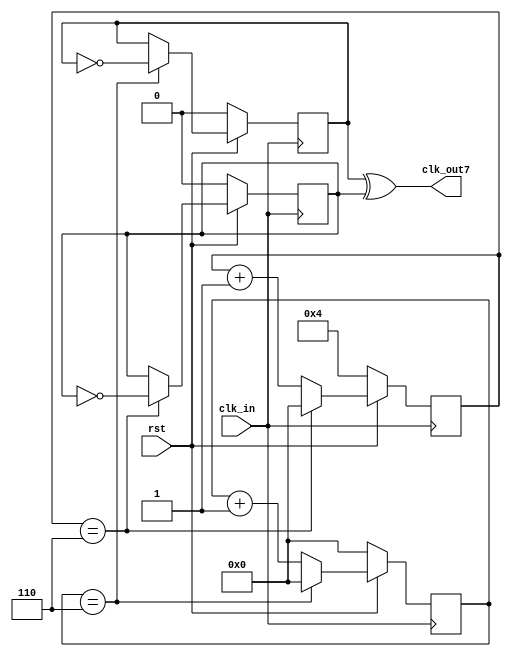
`timescale 1ns/10ps

module odo_div_or
   (
    input    wire  rst ,
    input    wire  clk_in,
    output   wire  clk_out7
    );
    reg [3:0] cnt_p_reg = 4'h0, cnt_p_next;
    reg [3:0] cnt_n_reg = 4'h0, cnt_n_next;
    reg out_reg = 1'b0, out_next;
    reg p_reg = 1'b0, p_next;
    reg n_reg = 1'b0, n_next;
    assign clk_out7 = p_reg ^ n_reg;
    // assign clk_out7 = p_reg&~n_reg | ~p_reg&n_reg;
    always @(*) begin
        cnt_p_next = cnt_p_reg+1;
        cnt_n_next = cnt_n_reg+1;
        p_next = p_reg;
        n_next = n_reg;
        if (cnt_p_reg == 4'h6) begin
            cnt_p_next = 4'h0;
            p_next = ~p_reg;
        end
        if (cnt_n_reg == 4'h6) begin
            cnt_n_next = 4'h0;
            n_next = ~n_reg;
        end
    end
    always @(posedge clk_in) begin
        if (~rst) begin
            cnt_p_reg <= 4'h0;
            p_reg <= 1'b0;
        end else begin
            cnt_p_reg <= cnt_p_next;
            p_reg <= p_next;
        end
    end
    always @(negedge clk_in) begin
        if (~rst) begin
            cnt_n_reg <= 4'h4;
            n_reg <= 1'b0;
        end else begin
            cnt_n_reg <= cnt_n_next;
            n_reg <= n_next;
        end
    end
endmodule